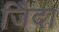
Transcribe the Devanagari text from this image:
जिँदा